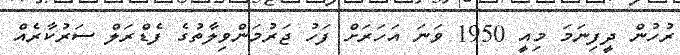
ރުހުން ދީފިނަމަ މިއީ 1950 ވަނަ އަހަރަށް ފަހު ޖަރުމަންވިލާތުގެ ފެޑްރަލް ސަރުކާރެއް